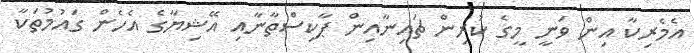
އެމެރިކާ އިން ވަނީ މީގެ ކުރިން ޗައިނާއިން ޕާކިސްތާނާއި އޭޝިޔާގެ އެހެން ގައުމުތަކާ